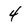
Character: 4